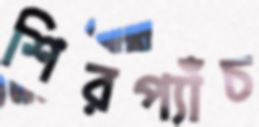
শিরপ্যাঁচ